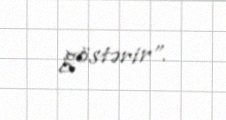
göstərir”.